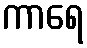
ကာရေ